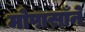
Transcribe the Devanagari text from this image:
मोपासाँने